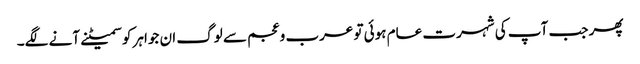
پھر جب آپ کی شہرت عام ہوئی تو عرب وعجم سے لوگ ان جواہر کو سمیٹنے آنے لگے۔